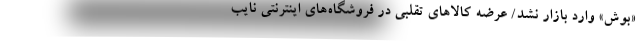
«بوش» وارد بازار نشد/ عرضه کالاهای تقلبی در فروشگاه‌های اینترنتی نایب